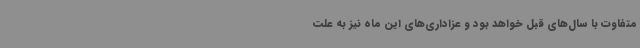
متفاوت با سال‌های قبل خواهد بود و عزاداری‌های این ماه نیز به علت